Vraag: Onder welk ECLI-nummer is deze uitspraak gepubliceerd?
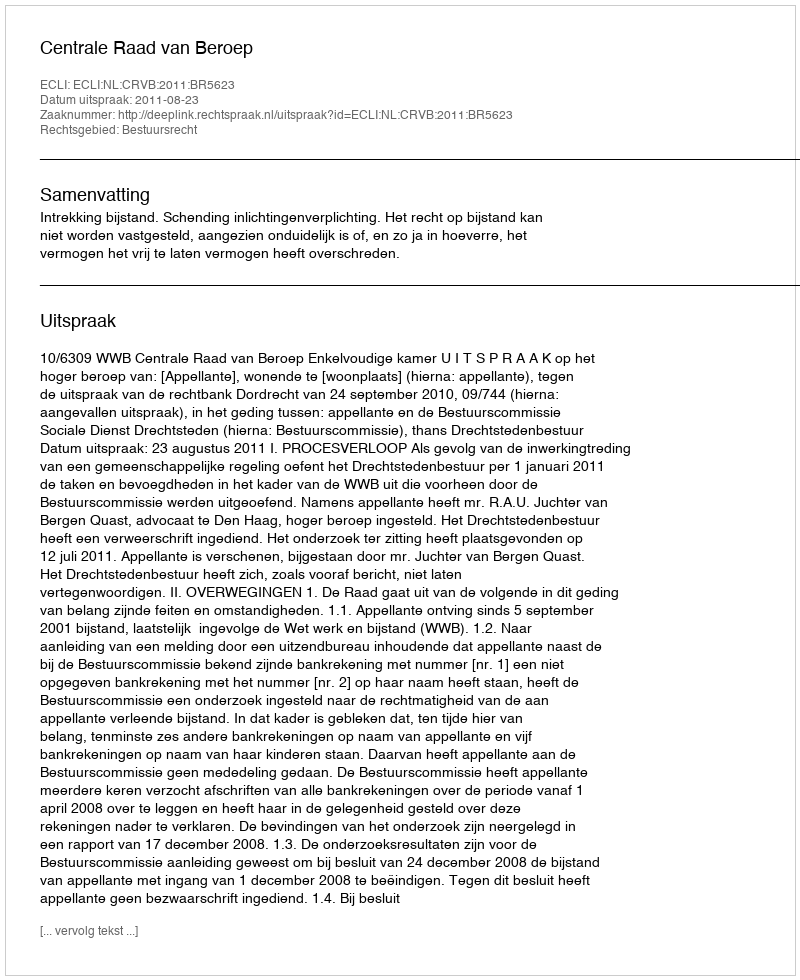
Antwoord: ECLI:NL:CRVB:2011:BR5623